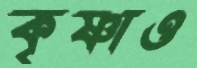
কৃষ্ণাও